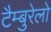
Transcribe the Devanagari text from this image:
टैम्बुरेलो